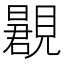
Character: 𬢂